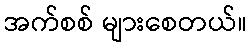
အက်စစ် များစေတယ်။